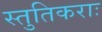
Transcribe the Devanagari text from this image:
स्तुतिकराः